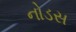
નોડસ